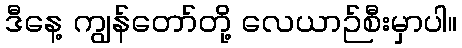
ဒီနေ့ ကျွန်တော်တို့ လေယာဉ်စီးမှာပါ။